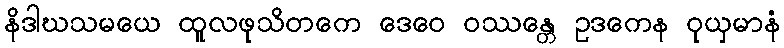
နိဒါဃသမယေ ထူလဖုသိတကေ ဒေဝေ ဝဿန္တေ ဥဒကေန ဝုယှမာနံ